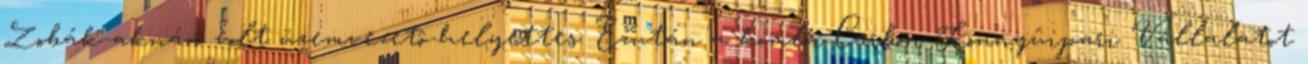
Zobák-aknán volt üzemvezetô-helyettes. Ezután a komlói Carbon Könnyûipari Vállalatot